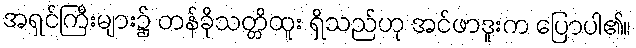
အရှင်ကြီးများ၌ တန်ခိုသတ္တိထူး ရှိသည်ဟု အင်ဖာဒူးက ပြောပါ၏။